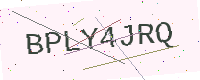
Text: BPLY4JRQ